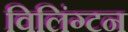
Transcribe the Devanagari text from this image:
विलिंग्‍टन